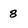
Character: 8